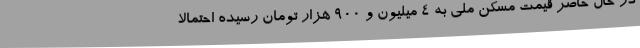
در حال حاضر قیمت مسکن ملی به ۴ میلیون و ۹۰۰ هزار تومان رسیده احتمالا